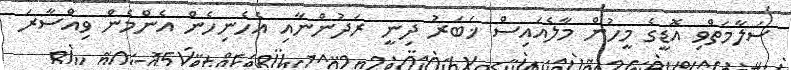
ސަލާމަތްވި އޮޑީގެ މީހުން މާލެއައިސް ޚަބަރު ދިނީ ރަދުންނާއި އެހެނިހެން އެންމެން ވިއްސާރަ